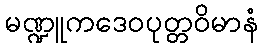
မဏ္ဍူကဒေဝပုတ္တဝိမာနံ